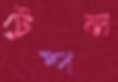
টেম্পল